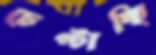
চেপ্‌টাচ্ছি